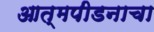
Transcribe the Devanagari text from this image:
आत्मपीडनाचा